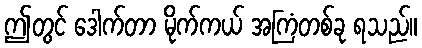
ဤတွင် ဒေါက်တာ မိုက်ကယ် အကြံတစ်ခု ရသည်။